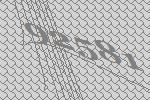
92581